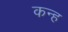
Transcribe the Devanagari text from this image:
कन्ह